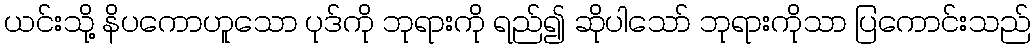
ယင်းသို့ နိပကောဟူသော ပုဒ်ကို ဘုရားကို ရည်၍ ဆိုပါသော် ဘုရားကိုသာ ပြကောင်းသည်